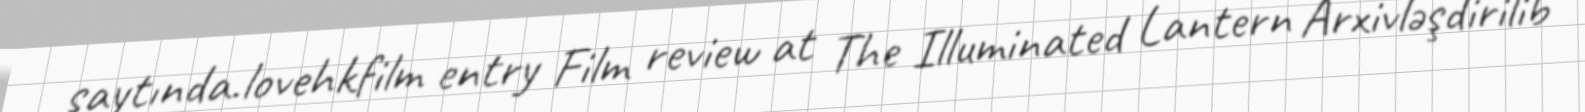
saytında.lovehkfilm entry Film review at The Illuminated Lantern Arxivləşdirilib